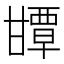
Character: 㽑